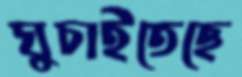
ঘুচাইতেছে